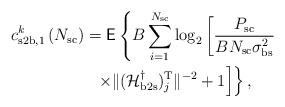
LaTeX: \begin{align*}c^k_{\mathrm{s2b},1}\left( N_{\mathrm{sc}} \right) & = \mathsf{E} \left\lbrace B \sum_{i=1}^{N_{\mathrm{sc}}}\log_2\left[ \frac{P_{\mathrm{sc}} }{ BN_{\mathrm{sc}}\sigma^2_{\mathrm{bs}}} \right. \right. \\ & \left. \left. \,\,\, \times \|(\mathcal{H}^{\dagger}_{\mathrm{b2s}})^\mathrm{T}_j \|^{-2} +1 \right] \right\rbrace,\end{align*}